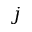
j